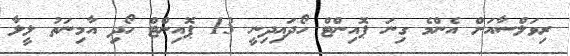
ރިވަލްސާއަށް އެންމެ ގިނަ ޕޮއިންޓް ހޯދައިދިނީ 13 ޕޮއިންޓް ހޯދި އާމިނަތު ލީލާ